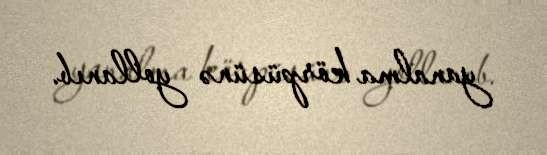
yanalma körpüsünə yollanıb.